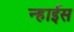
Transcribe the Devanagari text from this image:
न्हाईस